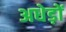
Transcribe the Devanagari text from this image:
अधेड़ों